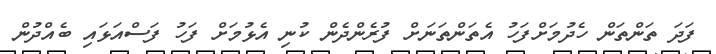
ފަދަ ތަންތަން ހެދުމަށްފަހު އެތަންތަނަށް ފުރެންދެން ކުނި އެޅުމަށް ފަހު ފަސްއަޅައި ބެއްދުން